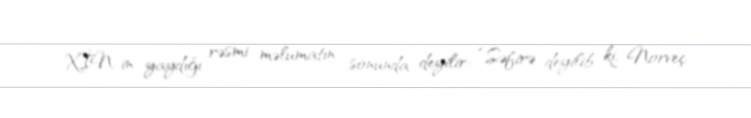
XİN-in yaydığı rəsmi məlumatın sonunda deyilir: “Səfirə deyilib ki, Norveç